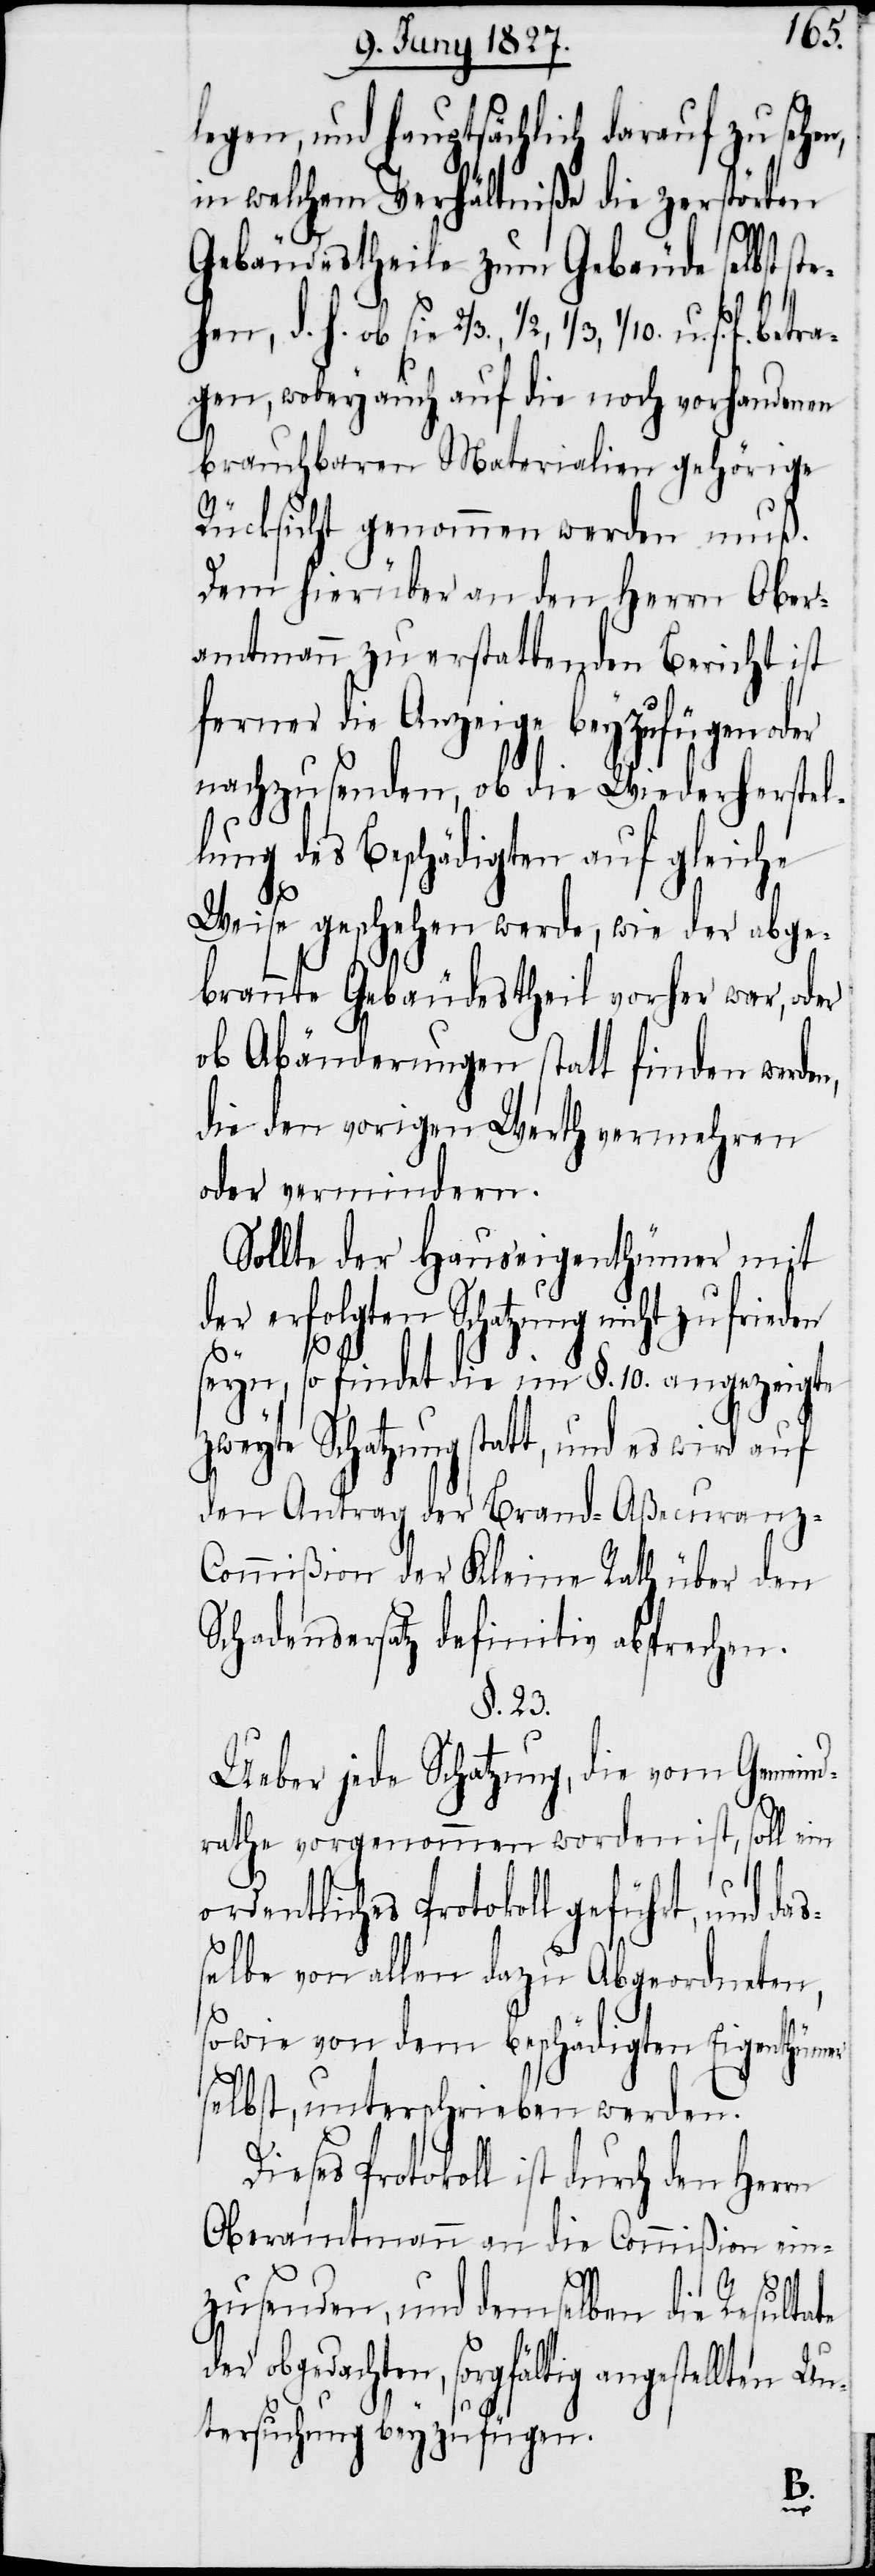
den
legen, und hauptsächlich darauf zu sehen,
in welchem Verhältniße die zerstörten
Gebäudestheile zum Gebäude selbst
gen, wobey auch auf die noch vorhandenen
brauchbaren Materialien gehörige
Rücksicht genommen werden muß.
Dem hierüber an den Herrn Ober¬
amtmann zu erstattenden Bericht ist
ferner die Anzeige beyzufügen oder
nachzusenden, ob die Wiederherstel¬
lung des Beschädigten auf gleiche
Weise geschehen werde, wie der abge¬
brannte Gebäudestheil vorher war, oder
ob Abänderungen statt finden werden,
die den vorigen Werth vermehren
oder vermindern.
Sollte der Hauseigenthümer mit
der erfolgten Schatzung nicht zufrie¬
seyn, so findet die im §. 10. angezeigte
zweyte Schatzung statt, und es wird auf
den Antrag der Brand-Aßecuranz-C¬
ommißion der Kleine Rath über den
Schadensersatz definitiv absprechen.
§. 23.
Ueber die Schatzung, die vom Gemeind¬
rathe vorgenommen worden ist, soll ein
ordentliches Protokoll geführt, und das¬
selbe von allen dazu Abgeordneten,
sowie von dem beschädigten Eigenthümer
selbst, unterschrieben werden.
Dieses Protokoll ist durch den Herrn
Oberamtmann an die Commißion ein¬
der
s.
zusenden, und demselben die Resultate
obgedachten, sorgfältig angestellten Un¬
tersuchung beyzufügen.